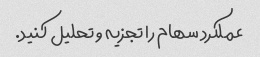
عملکرد سهام را تجزیه و تحلیل کنید.